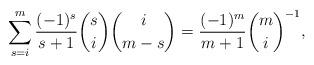
LaTeX: \begin{align*}\sum_{s=i}^{m}\frac{(-1)^s}{s+1}{s\choose i}{i\choose m-s}=\frac{(-1)^m}{m+1}{m\choose i}^{-1},\end{align*}